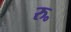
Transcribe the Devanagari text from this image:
रु॰